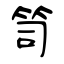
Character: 笥